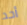
أحد